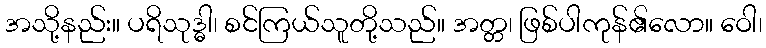
အသို့နည်း။ ပရိသုဒ္ဓါ၊ စင်ကြယ်သူတို့သည်။ အတ္တ၊ ဖြစ်ပါကုန်၏လော။ ဝေါ၊